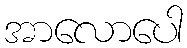
အာလောပေါ